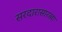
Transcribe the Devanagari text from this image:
सरदारासारखा